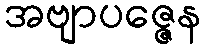
အဗျာပဇ္ဇေန